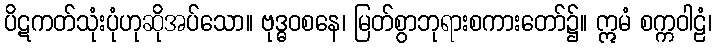
ပိဋကတ်သုံးပုံဟုဆိုအပ်သော။ ဗုဒ္ဓဝစနေ၊ မြတ်စွာဘုရားစကားတော်၌။ ဣမံ စက္ကဝါဠံ၊